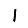
Digit: 1